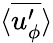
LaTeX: \langle\overline{{u_{\phi}^{\prime}}}\rangle